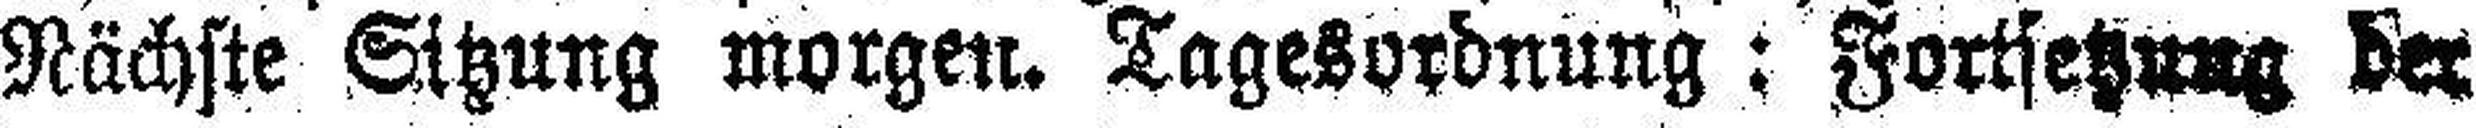
Nächste Sitzung morgen. Tagesordnung: Fortsetzung der